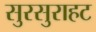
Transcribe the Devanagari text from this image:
सुरसुराहट